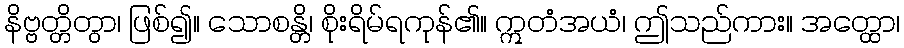
နိဗ္ဗတ္တိတွာ၊ ဖြစ်၍။ သောစန္တိ၊ စိုးရိမ်ရကုန်၏။ ဣတံအယံ၊ ဤသည်ကား။ အတ္ထော၊